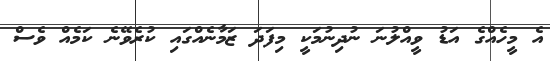
އެ މީހެއްގެ އަޑު ވީއްލުނަ ނުދިނުމަކީ މިފަދަ ޒަމާނެއްގައި ކުރެވޭނެ ކަމެއް ވެސް